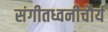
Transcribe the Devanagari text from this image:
संगीतध्वनीचौर्य